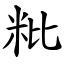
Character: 粃